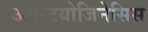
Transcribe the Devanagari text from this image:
ओस्टियोजिनेसिस